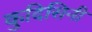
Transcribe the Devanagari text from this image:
कुदिसिनी